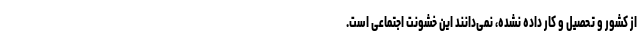
از کشور و تحصیل و کار داده نشده، نمی‌دانند این خشونت اجتماعی است.